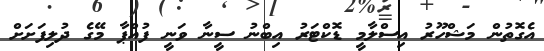
އެގޮތުން މަޝްހޫރު އިސްލާމީ ޑޮކްޓަރު އިބްނު ސީނާ ވަނީ ފުއްޕާ މޭގެ ދުލިފަށަށް